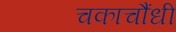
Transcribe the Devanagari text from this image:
चकाचौंधी